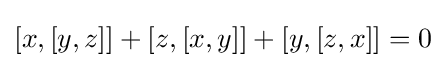
[x,[y,z]]+[z,[x,y]]+[y,[z,x]]=0